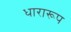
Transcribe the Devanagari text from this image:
धारारूप